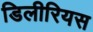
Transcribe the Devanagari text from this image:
डिलीरियस